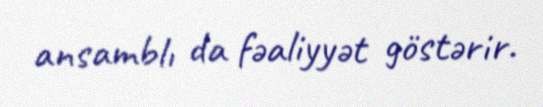
ansamblı da fəaliyyət göstərir.